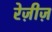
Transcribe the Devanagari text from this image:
रेज़ीज़